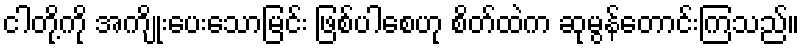
ငါတို့ကို အကျိုးပေးသောမြင်း ဖြစ်ပါစေဟု စိတ်ထဲက ဆုမွန်တောင်းကြသည်။